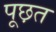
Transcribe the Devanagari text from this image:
पूछ़त